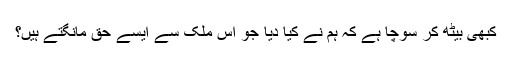
کبھی بیٹھ کر سوچا ہے کہ ہم نے کیا دیا جو اس ملک سے ایسے حق مانگتے ہیں؟